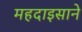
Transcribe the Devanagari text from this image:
महदाइसाने